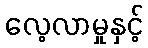
လေ့လာမှုနှင့်